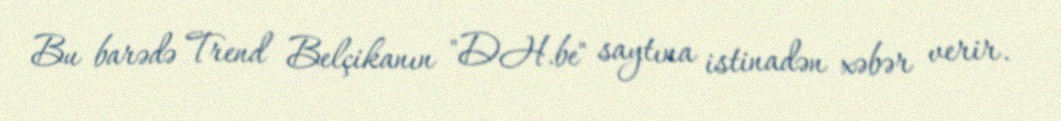
Bu barədə Trend Belçikanın "DH.be" saytına istinadən xəbər verir.